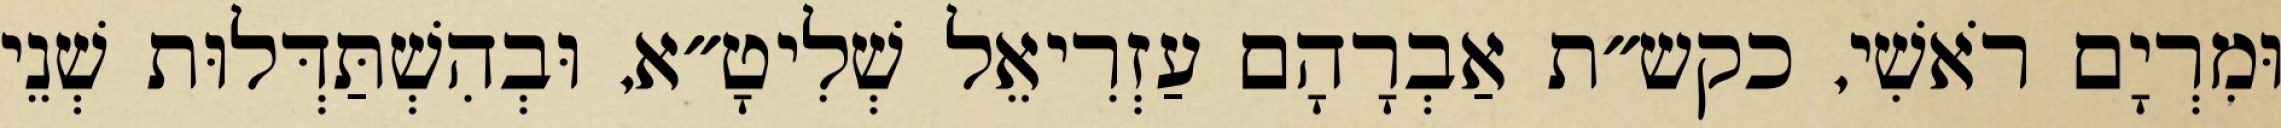
וּמִרְיָם רֹאשִׁי, כקש״ת אַבְרָהָם עַזְרִיאֵל שְׁלִיטָ״א, וּבְהִשְׁתַּדְּלוּת שְׁנֵי